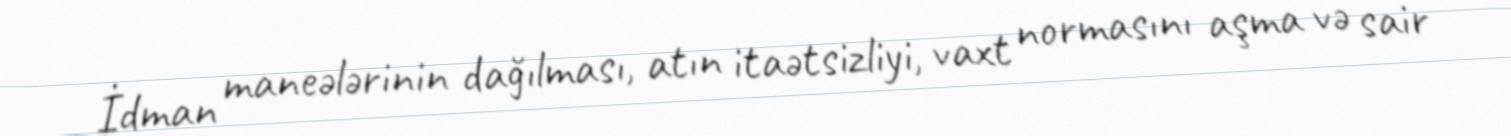
İdman maneələrinin dağılması, atın itaətsizliyi, vaxt normasını aşma və sair